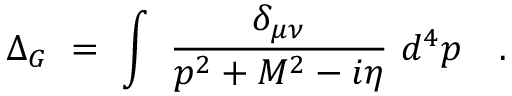
\Delta _ { G } ~ = ~ \int ~ { \frac { \delta _ { \mu \nu } } { p ^ { 2 } + M ^ { 2 } - i \eta } } ~ d ^ { 4 } p \quad .